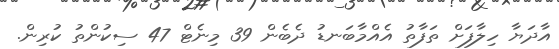
އާދަޔާ ހިލާފަށް ތަފާތު އެއްމާބަނޑު ދެބެން 39 މިނެޓް 47 ސިކުންތު ކުރިން.